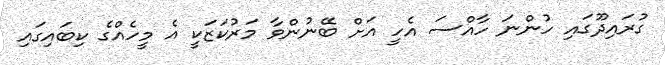
ގުރައިދޫގައި ހުންނަ ހާއްސަ އެހީ އަށް ބޭނުންވާ މަރުކަޒަކީ އެ މީހެއްގެ ކިބައިގައި